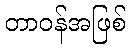
တာဝန်အဖြစ်